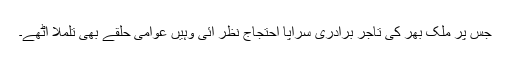
جس پر ملک بھر کی تاجر برادری سراپا احتجاج نظر آئی وہیں عوامی حلقے بھی تلملا اٹھے۔